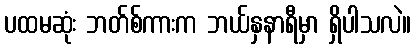
ပထမဆုံး ဘတ်စ်ကားက ဘယ်နှနာရီမှာ ရှိပါသလဲ။